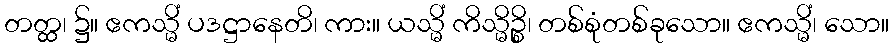
တတ္ထ၊ ၌။ ဧကသ္မိံ ပဒဋ္ဌာနေတိ၊ ကား။ ယသ္မိံ ကိသ္မိဉ္စိ၊ တစ်စုံတစ်ခုသော။ ဧကသ္မိံ၊ သော။